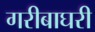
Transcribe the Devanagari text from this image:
गरीबाघरी